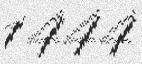
1444